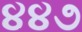
૪૪૭